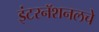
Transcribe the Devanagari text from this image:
इंटरनॅशनलचे